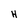
Character: H